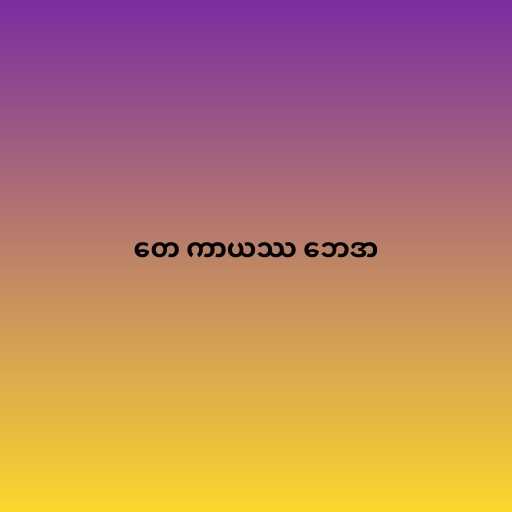
တေ ကာယဿ ဘေဒာ